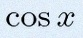
\cos x